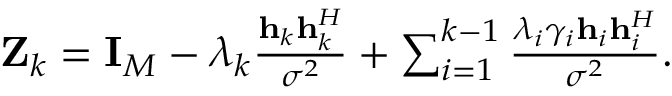
\begin{array} { r } { { { \bf { Z } } _ { k } } = { { \bf { I } } _ { M } } - { \lambda _ { k } } \frac { { { { \bf { h } } _ { k } } { \bf { h } } _ { k } ^ { H } } } { { { \sigma ^ { 2 } } } } + \sum _ { i = 1 } ^ { k - 1 } { \frac { { { \lambda _ { i } } { \gamma _ { i } } { { \bf { h } } _ { i } } { \bf { h } } _ { i } ^ { H } } } { { { \sigma ^ { 2 } } } } } . } \end{array}